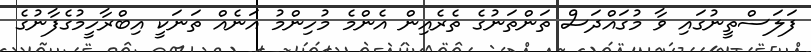
ފަލަސްތީނުގައި ވާ މުގައްދަސް ތަންތަނުގެ ތެރެއިން އެންމެ މުހިންމު އަނެއް ތަނަކީ އިބްރާހީމުގެފާނުގެ